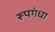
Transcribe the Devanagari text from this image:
रूपगंधा